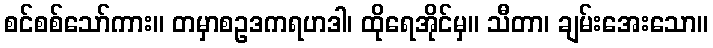
စင်စစ်သော်ကား။ တမှာစဥဒကရဟဒါ၊ ထိုရေအိုင်မှ။ သီတာ၊ ချမ်းအေးသော။